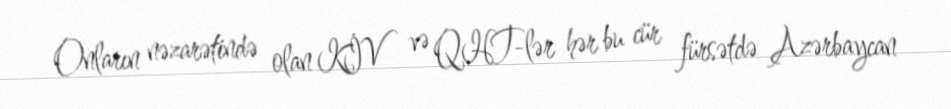
Onların nəzarətində olan KİV və QHT-lər hər bu cür fürsətdə Azərbaycan